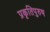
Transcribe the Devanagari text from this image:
प्रकृतिपुरुष